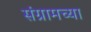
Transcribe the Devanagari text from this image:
संग्रामच्या